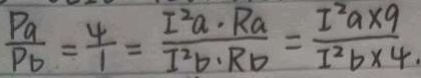
\frac { P a } { P b } = \frac { 4 } { 1 } = \frac { I ^ { 2 } a \cdot R a } { T ^ { 2 } b \cdot R b } = \frac { I ^ { 2 } a \times 9 } { I ^ { 2 } b \times 4 . }